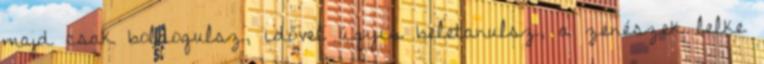
majd csak boldogulsz, idővel úgyis beletanulsz, a zenészek lelke